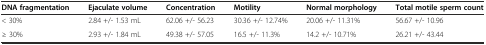
<table><thead><tr><td><b>DNA fragmentation</b></td><td><b>Ejaculate volume</b></td><td><b>Concentration</b></td><td><b>Motility</b></td><td><b>Normal morphology</b></td><td><b>Total motile sperm count</b></td></tr></thead><tbody><tr><td>&lt; 30%</td><td>2.84 +/- 1.53 mL</td><td>62.06 +/- 56.23</td><td>30.36 +/- 12.74%</td><td>20.06 +/- 11.31%</td><td>56.67 +/- 10.96</td></tr><tr><td>≥ 30%</td><td>2.93 +/- 1.84 mL</td><td>49.38 +/- 57.05</td><td>16.5 +/- 11.3%</td><td>14.2 +/- 10.71%</td><td>26.21 +/- 43.44</td></tr></tbody></table>